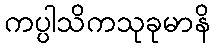
ကပ္ပါသိကသုခုမာနိ